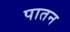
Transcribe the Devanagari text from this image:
पातन